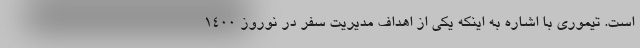
است. تیموری با اشاره به اینکه یکی از اهداف مدیریت سفر در نوروز ۱۴۰۰